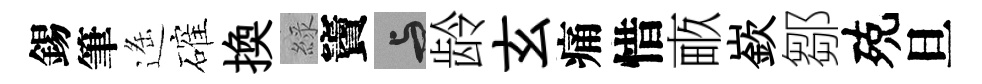
錫筆遥確換綠竇与龄玄痛惜畞嶔鄒殑旦